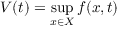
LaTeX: V ( t ) = \operatorname* { s u p } _ { x \in X } f ( x , t )